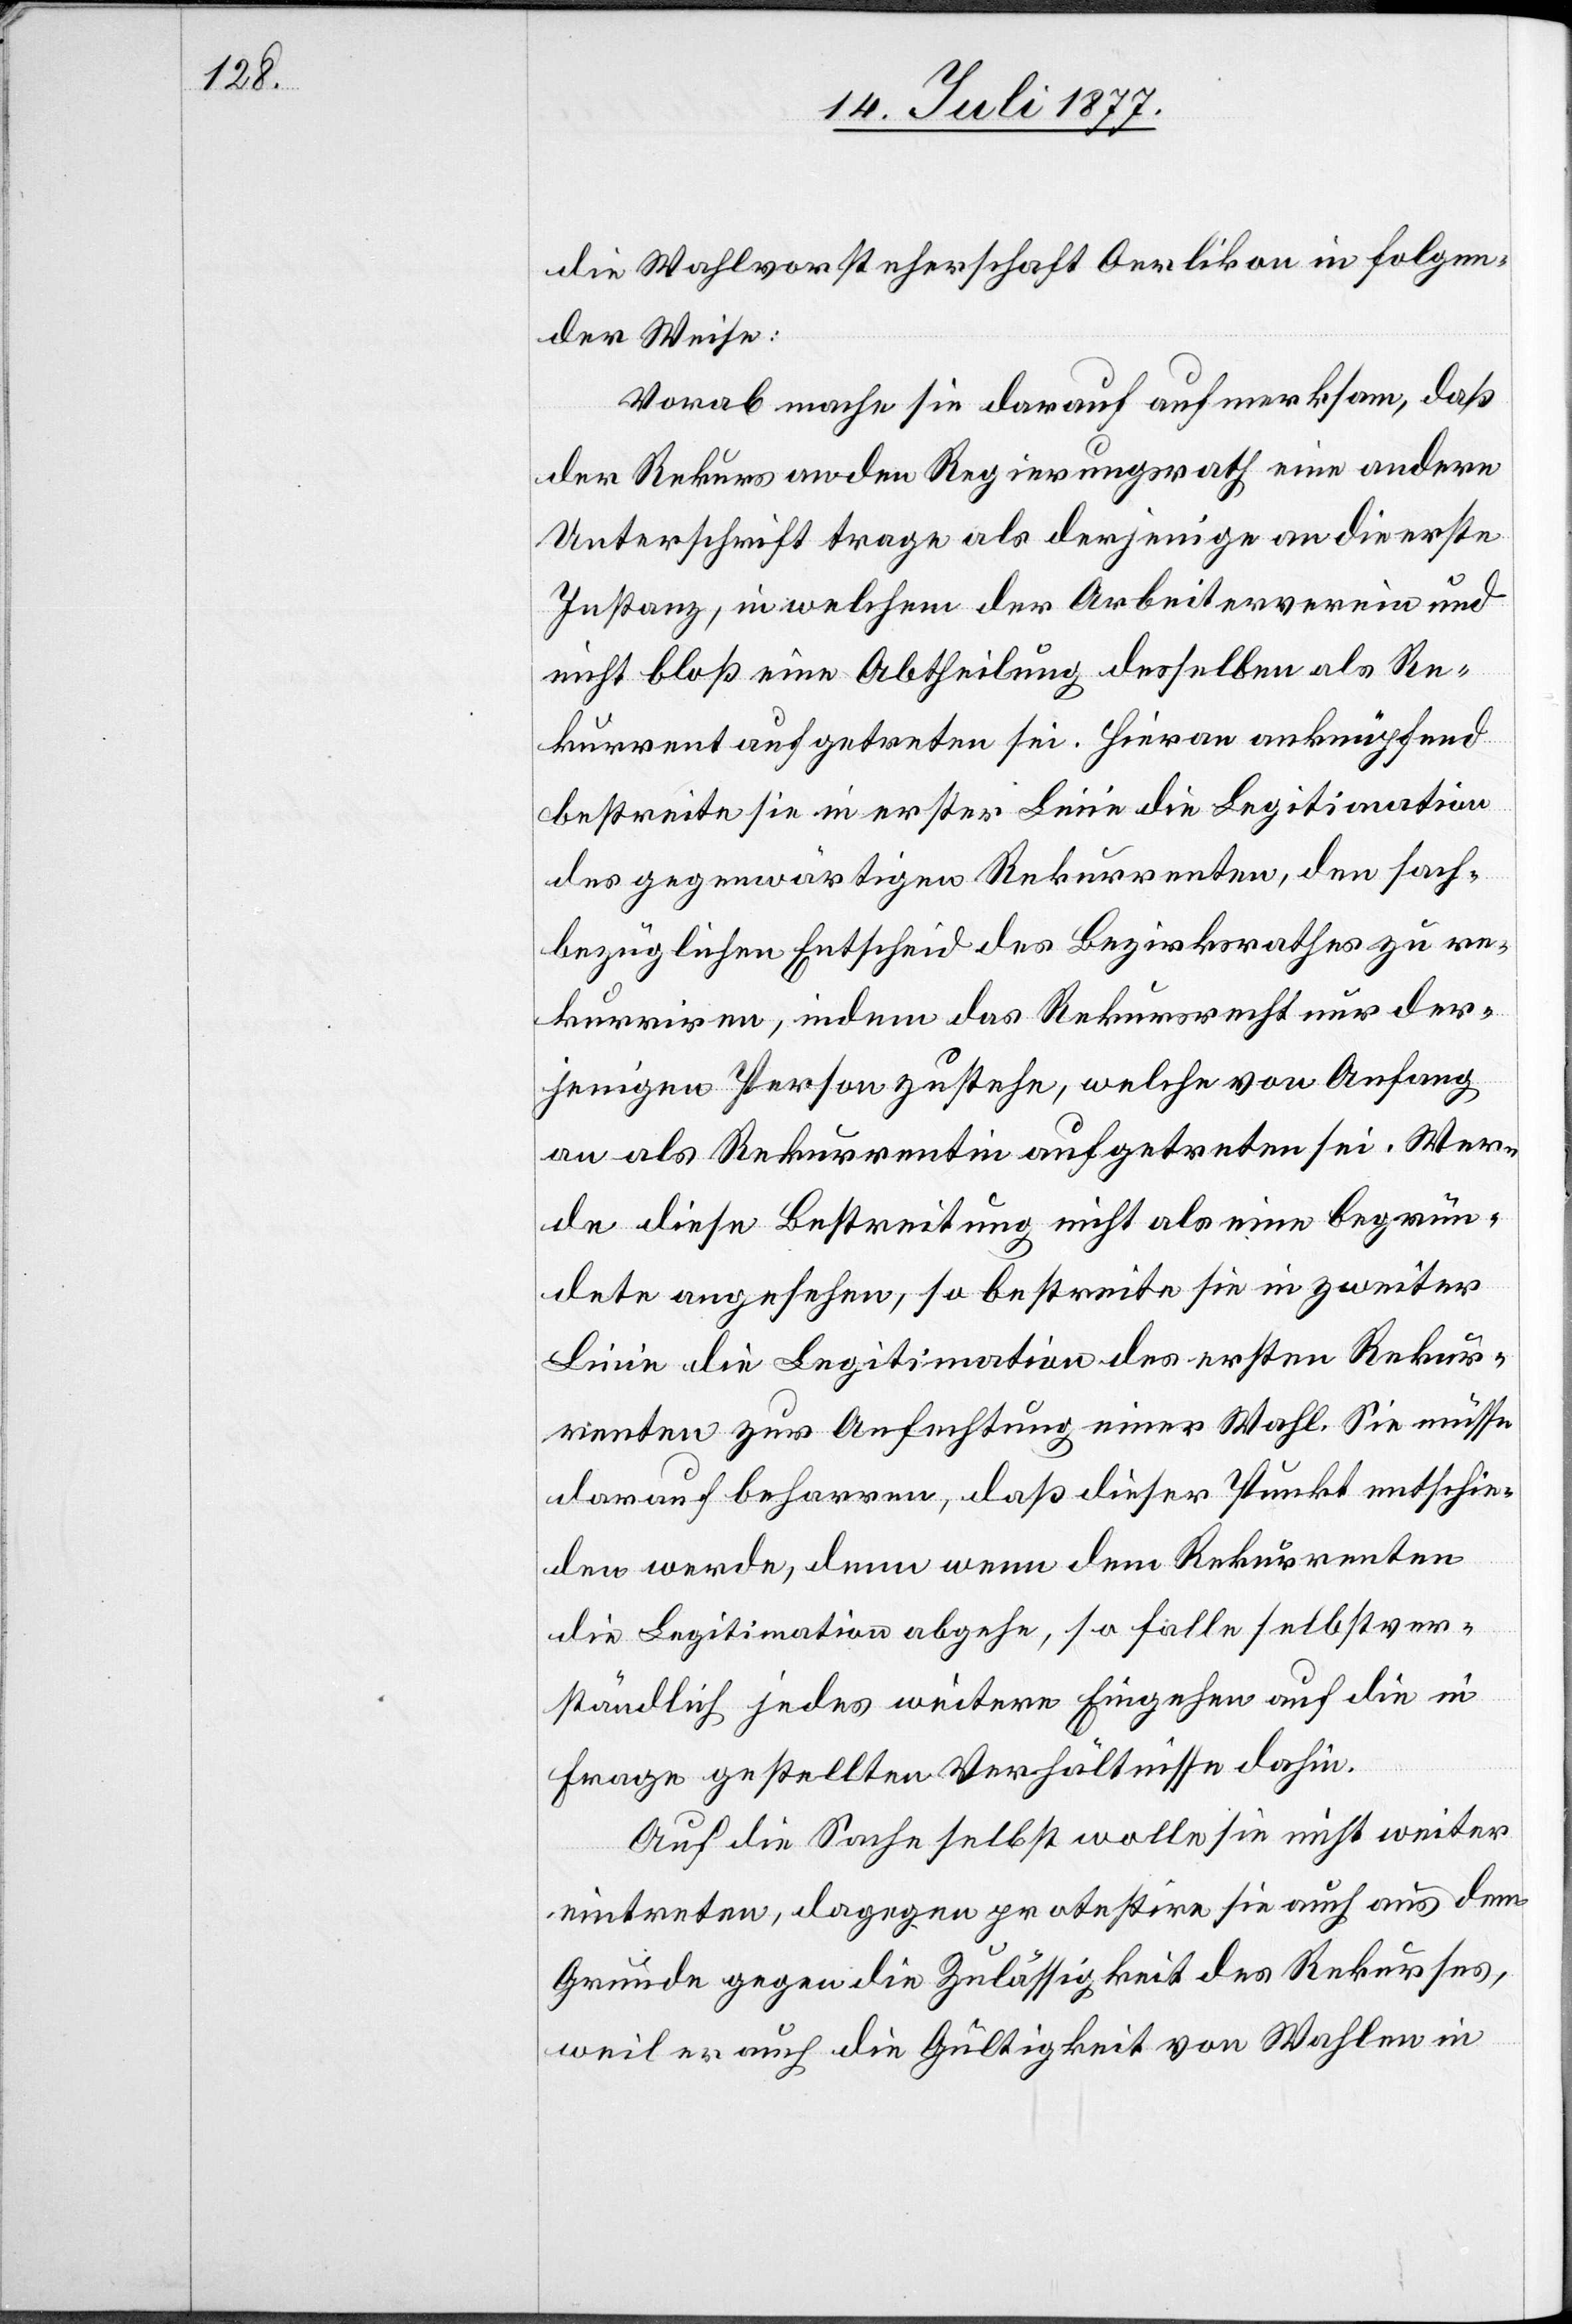
die Wahlvorsteherschaft Oerlikon in folgen¬
der Weise:
Vorab mache sie darauf aufmerksam, daß
der Rekurs an den Regierungsrath eine andere
Unterschrift trage als derjenige an die erste
Instanz, in welchem der Arbeiterverein und
nicht bloß eine Abtheilung desselben als Re¬
kurrent aufgetreten sei. Hieran anknüpfend
bestreite sie in erster Linie die Legitimation
des gegenwärtigen Rekurrenten, den sach¬
bezüglichen Entscheid des Bezirksrathes zu re¬
kurriren, indem das Rekursrecht nur der¬
jenigen Person zustehe, welche von Anfang
an als Rekurrentin aufgetreten sei. Wer¬
de diese Bestreitung nicht als eine begrün¬
dete angesehen, so bestreite sie in zweiter
Linie die Legitimation des ersten Rekur¬
renten zur Anfechtung einer Wahl. Sie müsse
darauf beharren, daß dieser Punkt entschie¬
den werde, denn wenn dem Rekurrenten
die Legitimation abgehe, so falle selbstver¬
ständlich jedes weitere Eingehen auf die in
Frage gestellten Verhältnisse dahin.
Auf die Sache selbst wolle sie nicht weiter
eintreten, dagegen protestire sie auch aus dem
Grunde gegen die Zulässigkeit des Rekurses,
weil er auch die Gültigkeit von Wahlen in